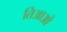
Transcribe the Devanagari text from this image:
तिआओ